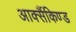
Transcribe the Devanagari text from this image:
आर्क्सैकिण्ड